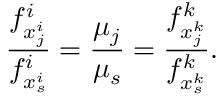
{ \frac { f _ { x _ { j } ^ { i } } ^ { i } } { f _ { x _ { s } ^ { i } } ^ { i } } } = { \frac { \mu _ { j } } { \mu _ { s } } } = { \frac { f _ { x _ { j } ^ { k } } ^ { k } } { f _ { x _ { s } ^ { k } } ^ { k } } } .